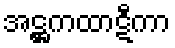
အဋ္ဌကထာဋီကာ